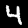
Label: 4